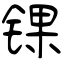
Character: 锞